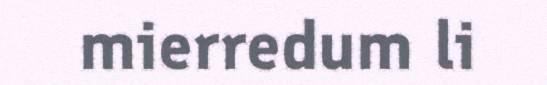
mierredum li